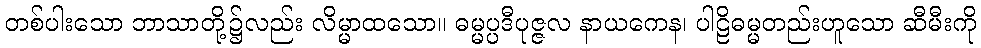
တစ်ပါးသော ဘာသာတို့၌လည်း လိမ္မာထသော။ ဓမ္မပ္ပဒီပုဇ္ဇလ နာယကေန၊ ပါဠိဓမ္မတည်းဟူသော ဆီမီးကို